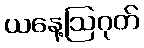
ယနေ့ဩဂုတ်